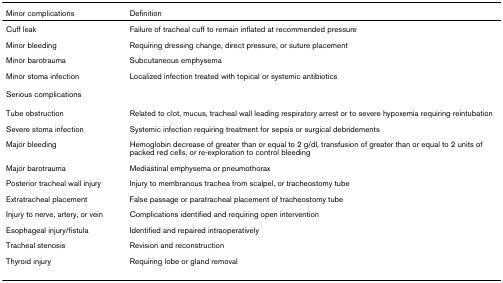
<table><thead><tr><td><b>Minor complications</b></td><td><b>Definition</b></td></tr></thead><tbody><tr><td>Cuff leak</td><td>Failure of tracheal cuff to remain inflated at recommended pressure</td></tr><tr><td>Minor bleeding</td><td>Requiring dressing change, direct pressure, or suture placement</td></tr><tr><td>Minor barotrauma</td><td>Subcutaneous emphysema</td></tr><tr><td>Minor stoma infection</td><td>Localized infection treated with topical or systemic antibiotics</td></tr><tr><td>Serious complications</td><td></td></tr><tr><td>Tube obstruction</td><td>Related to clot, mucus, tracheal wall leading respiratory arrest or to severe hypoxemia requiring reintubation</td></tr><tr><td>Severe stoma infection</td><td>Systemic infection requiring treatment for sepsis or surgical debridements</td></tr><tr><td>Major bleeding</td><td>Hemoglobin decrease of greater than or equal to 2 g/dl, transfusion of greater than or equal to 2 units of packed red cells, or re-exploration to control bleeding</td></tr><tr><td>Major barotrauma</td><td>Mediastinal emphysema or pneumothorax</td></tr><tr><td>Posterior tracheal wall injury</td><td>Injury to membranous trachea from scalpel, or tracheostomy tube</td></tr><tr><td>Extratracheal placement</td><td>False passage or paratracheal placement of tracheostomy tube</td></tr><tr><td>Injury to nerve, artery, or vein</td><td>Complications identified and requiring open intervention</td></tr><tr><td>Esophageal injury/fistula</td><td>Identified and repaired intraoperatively</td></tr><tr><td>Tracheal stenosis</td><td>Revision and reconstruction</td></tr><tr><td>Thyroid injury</td><td>Requiring lobe or gland removal</td></tr></tbody></table>